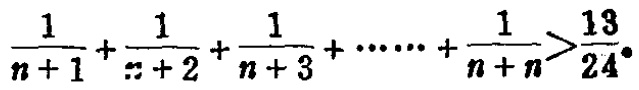
$\frac{1}{n + 1}+\frac{1}{n + 2}+\frac{1}{n + 3}+\cdots\cdots+\frac{1}{n + n}>\frac{13}{24}$